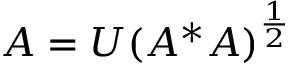
A = U ( A ^ { * } A ) ^ { \frac { 1 } { 2 } }